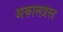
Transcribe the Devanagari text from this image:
अकालग्रस्त